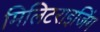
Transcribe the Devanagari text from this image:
मिलिटराइजिंग